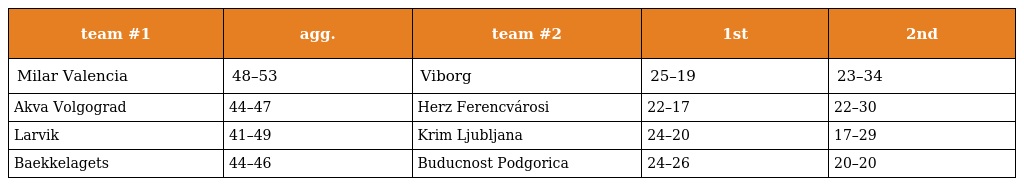
| team #1 | agg. | team #2 | 1st | 2nd |
 | --- | --- | --- | --- | --- |
 | Milar Valencia | 48–53 | Viborg | 25–19 | 23–34 |
 | Akva Volgograd | 44–47 | Herz Ferencvárosi | 22–17 | 22–30 |
 | Larvik | 41–49 | Krim Ljubljana | 24–20 | 17–29 |
 | Baekkelagets | 44–46 | Buducnost Podgorica | 24–26 | 20–20 |